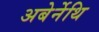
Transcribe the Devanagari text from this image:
अबेर्नेथि